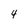
Character: 4